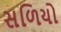
સળિયો